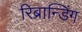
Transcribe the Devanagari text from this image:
रिब्रान्डिंग